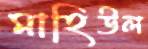
মাহিউল